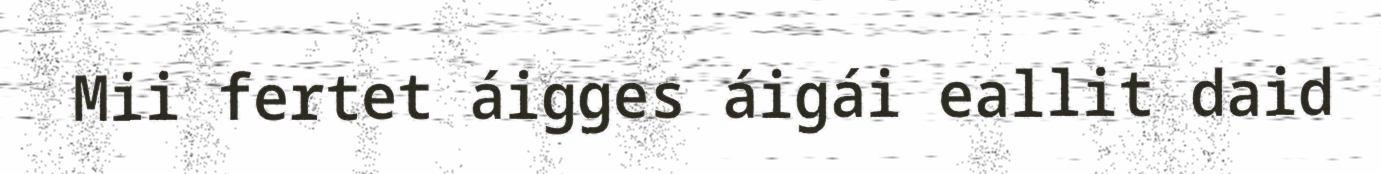
Mii fertet áigges áigái eallit daid